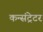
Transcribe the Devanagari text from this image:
कन्संट्रेटर